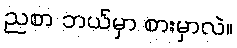
ညစာ ဘယ်မှာ စားမှာလဲ။